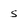
Character: 5